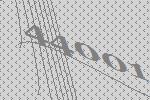
44001